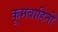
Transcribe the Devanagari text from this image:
कूमवाहिनी